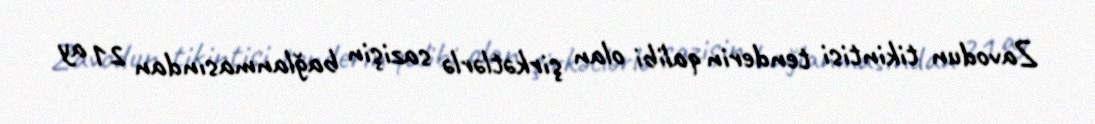
Zavodun tikintisi tenderin qalibi olan şirkətlərlə sazişin bağlanmasından 21 ay